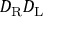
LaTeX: D _ { \mathrm { { R } } } D _ { \mathrm { { L } } }